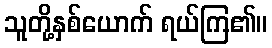
သူတို့နှစ်ယောက် ရယ်ကြ၏။